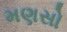
મણસો